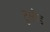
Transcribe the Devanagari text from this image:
टुसौड